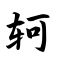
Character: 轲